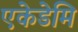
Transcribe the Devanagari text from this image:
एकेडेमि